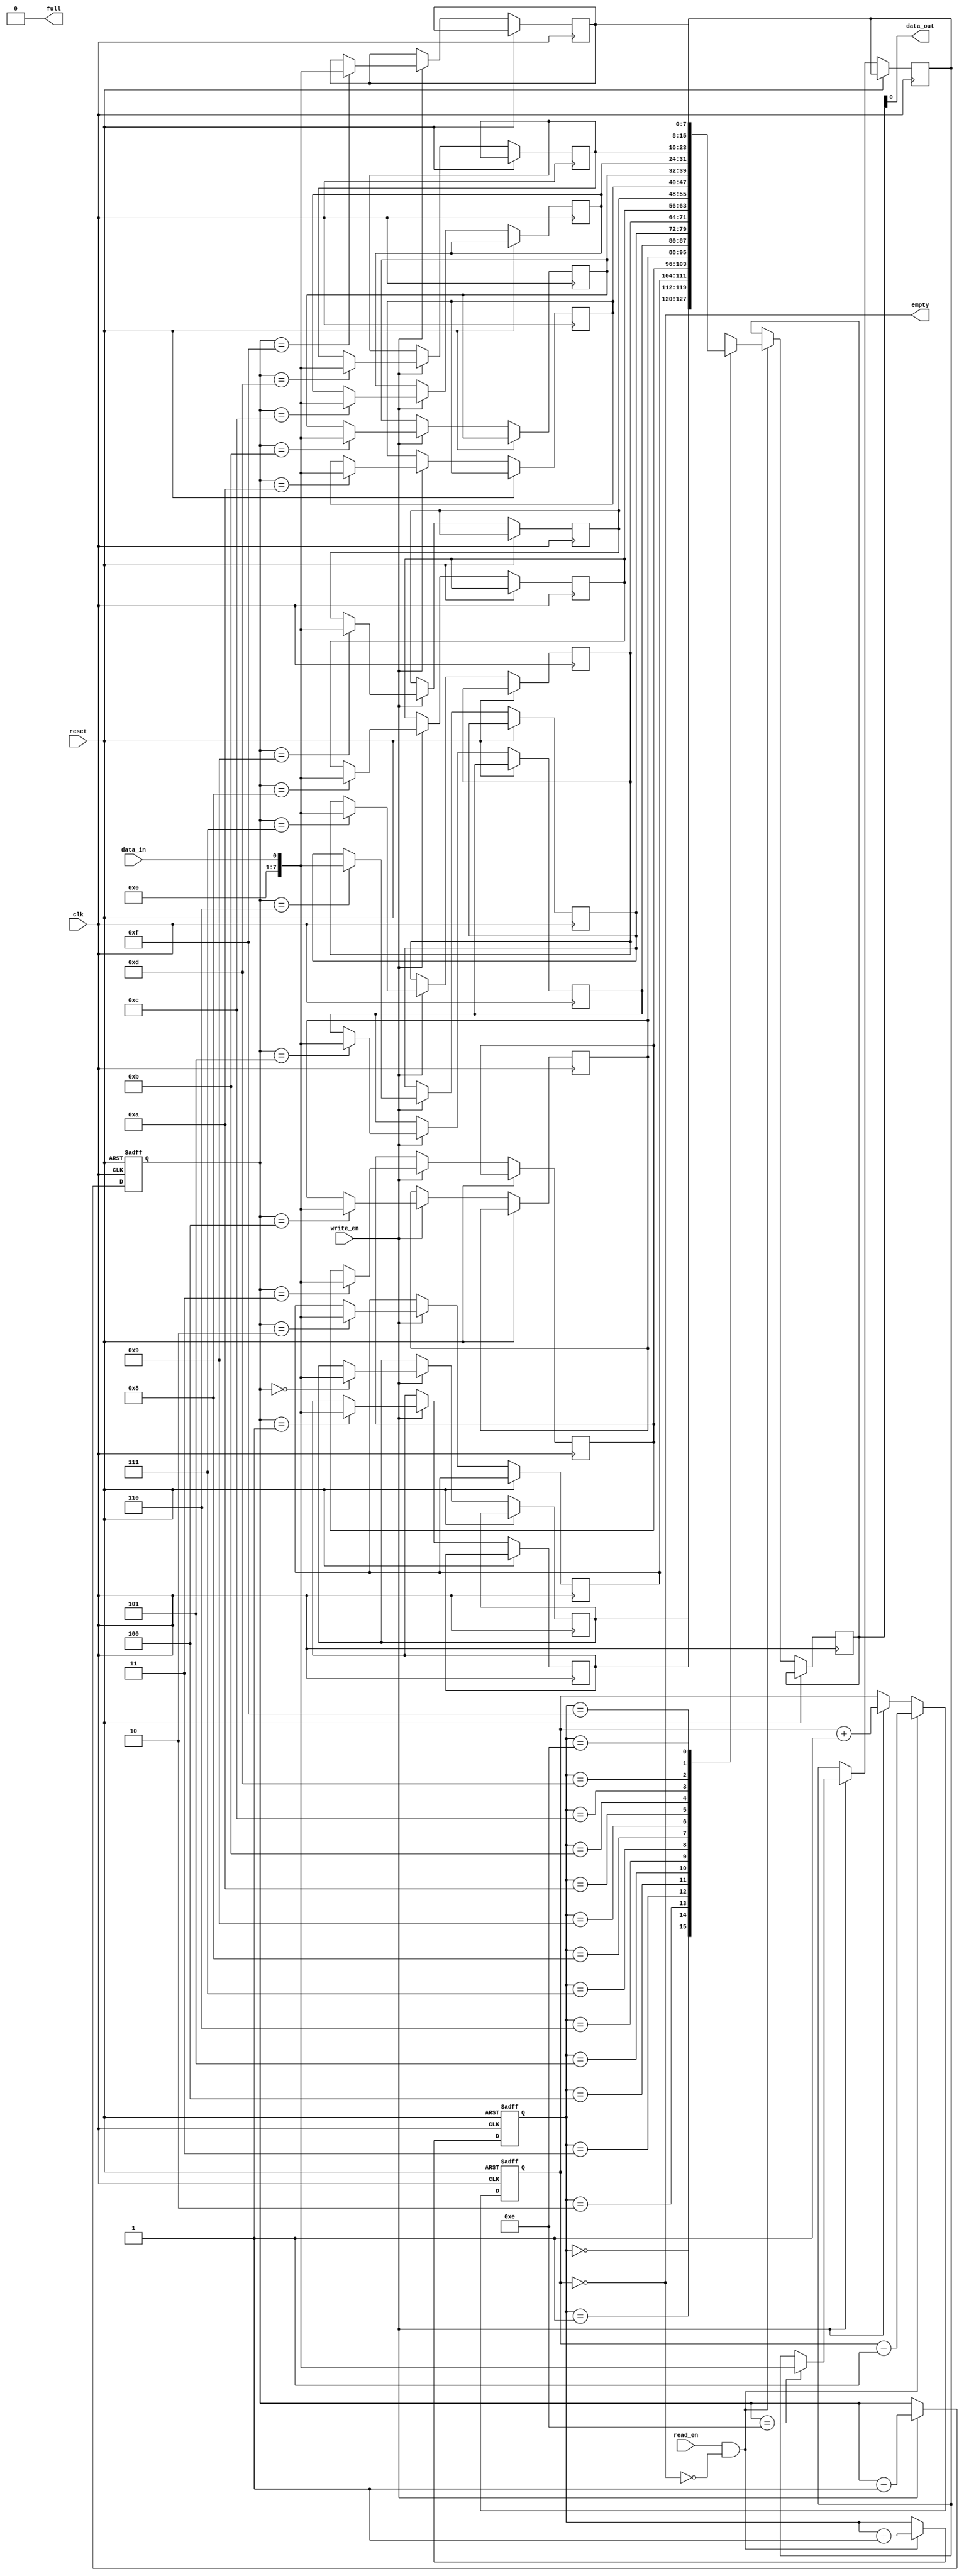
module bidirectional_fifo (
  input wire clk,
  input wire reset,
  input wire write_en,
  input wire read_en,
  input wire data_in,
  output wire data_out,
  output wire full,
  output wire empty
);

parameter DATA_WIDTH = 8;
parameter DEPTH = 16;

reg [DATA_WIDTH-1:0] fifo [0:DEPTH-1];
reg [DATA_WIDTH-1:0] data_out_reg;
reg [3:0] head = 4'b0000;
reg [3:0] tail = 4'b0000;
reg [3:0] count = 4'b0000;

assign data_out = data_out_reg;
assign full = (count == DEPTH);
assign empty = (count == 0);

always @ (posedge clk or posedge reset) begin
  if (reset) begin
    head <= 4'b0000;
    tail <= 4'b0000;
    count <= 4'b0000;
  end else begin
    if (write_en && !full) begin
      fifo[head] <= data_in;
      head <= head + 1;
      count <= count + 1;
    end
    if (read_en && !empty) begin
      data_out_reg <= fifo[tail];
      tail <= tail + 1;
      count <= count - 1;
    end
  end
end

endmodule